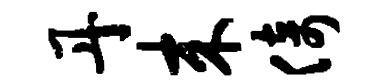
丹来倚